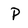
Character: P